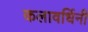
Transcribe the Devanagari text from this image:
कलावर्धिनी